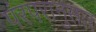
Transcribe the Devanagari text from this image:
पंरपरानुसार